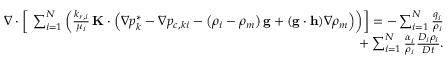
\begin{array} { r } { \nabla \cdot \left[ \ \sum _ { i = 1 } ^ { N } \left( \frac { k _ { r , i } } { \mu _ { i } } \, \mathbf { K } \cdot \Big ( \nabla p _ { k } ^ { * } - \nabla p _ { c , k i } - \left( \rho _ { i } - \rho _ { m } \right) \mathbf { g } + ( \mathbf { g } \cdot \mathbf { h } ) \nabla \rho _ { m } \Big ) \right) \right] = - \sum _ { i = 1 } ^ { N } \frac { q _ { i } } { \rho _ { i } } } \\ { + \sum _ { i = 1 } ^ { N } \frac { \alpha _ { i } } { \rho _ { i } } \frac { D _ { i } \rho _ { i } } { D t } . } \end{array}